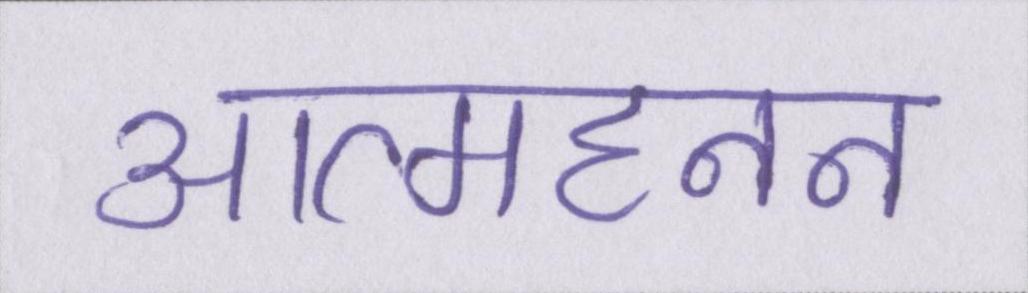
आत्महनन